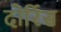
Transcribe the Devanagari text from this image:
दोर्रिस